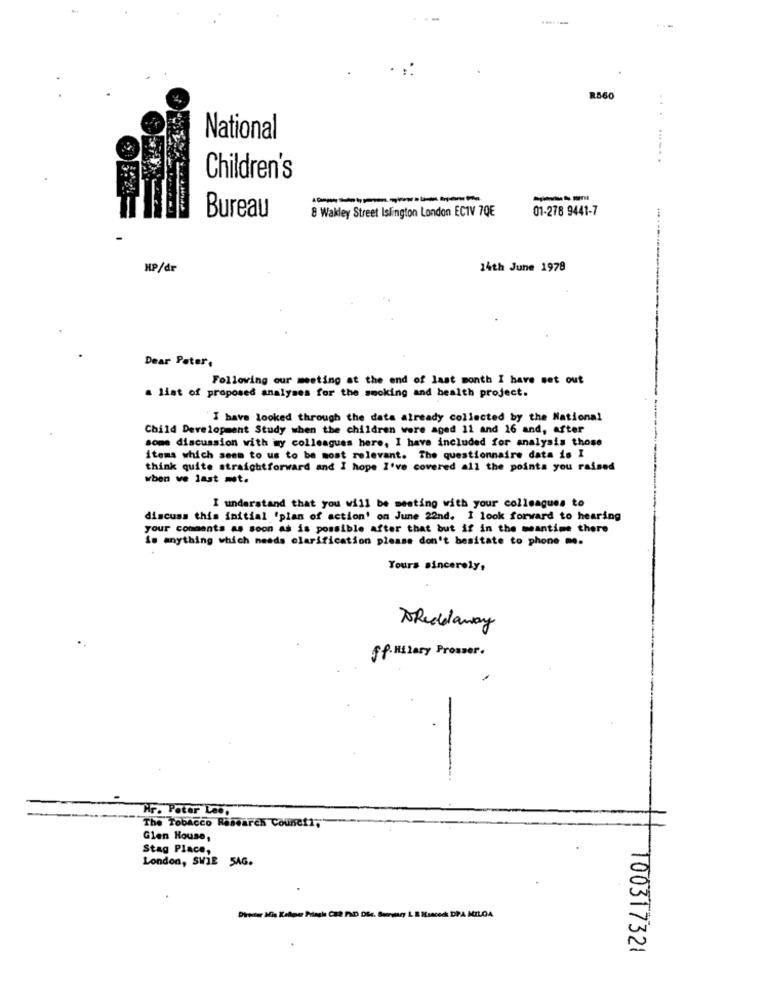
RB6
...
National
......
Children's
---------
--
8 Wakley Street Islington London ECTV 70E
01-278 9441-7
Bureau
HP/dr
14th June 1979
Dear Peter,
Following our meeting at the end of last month I have set out
a list of proposed analyses for the smoking and health project.
I have looked through the data already collected by the National
Child Development Study when the children were aged 11 and 16 and, after
some discussion with my colleagues here, I have included for analysis those
items which seem to us to be most relevant. The questionnaire data is I
think quite straightforward and I hope I've covered all the points you raised
when we last mot.
I understand that you will be meeting with your colleagues to
discuss this initial 'plan of action' on June 22nd. I look forward to hearing
your comments as soon as is possible after that but if in the meantime there
is anything which needs clarification please don't hesitate to phone me.
Yours sincerely,
ToRedelaway
ff. Hilary Presser.
Hr. Peter Lee.
The Tobacco Research Council,
Glen House,
Stag Place,
London, SVIE SAG.
100317321